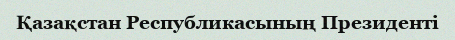
Қазақстан Республикасының Президенті